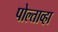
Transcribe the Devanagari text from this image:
पोल्ताव्हा